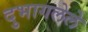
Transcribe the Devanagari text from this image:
दुभागलेले